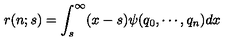
r ( n ; s ) = \int _ { s } ^ { \infty } ( x - s ) \psi ( q _ { 0 } , \cdots , q _ { n } ) d x